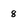
Character: 8